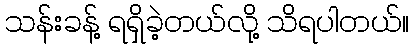
သန်းခန့် ရရှိခဲ့တယ်လို့ သိရပါတယ်။